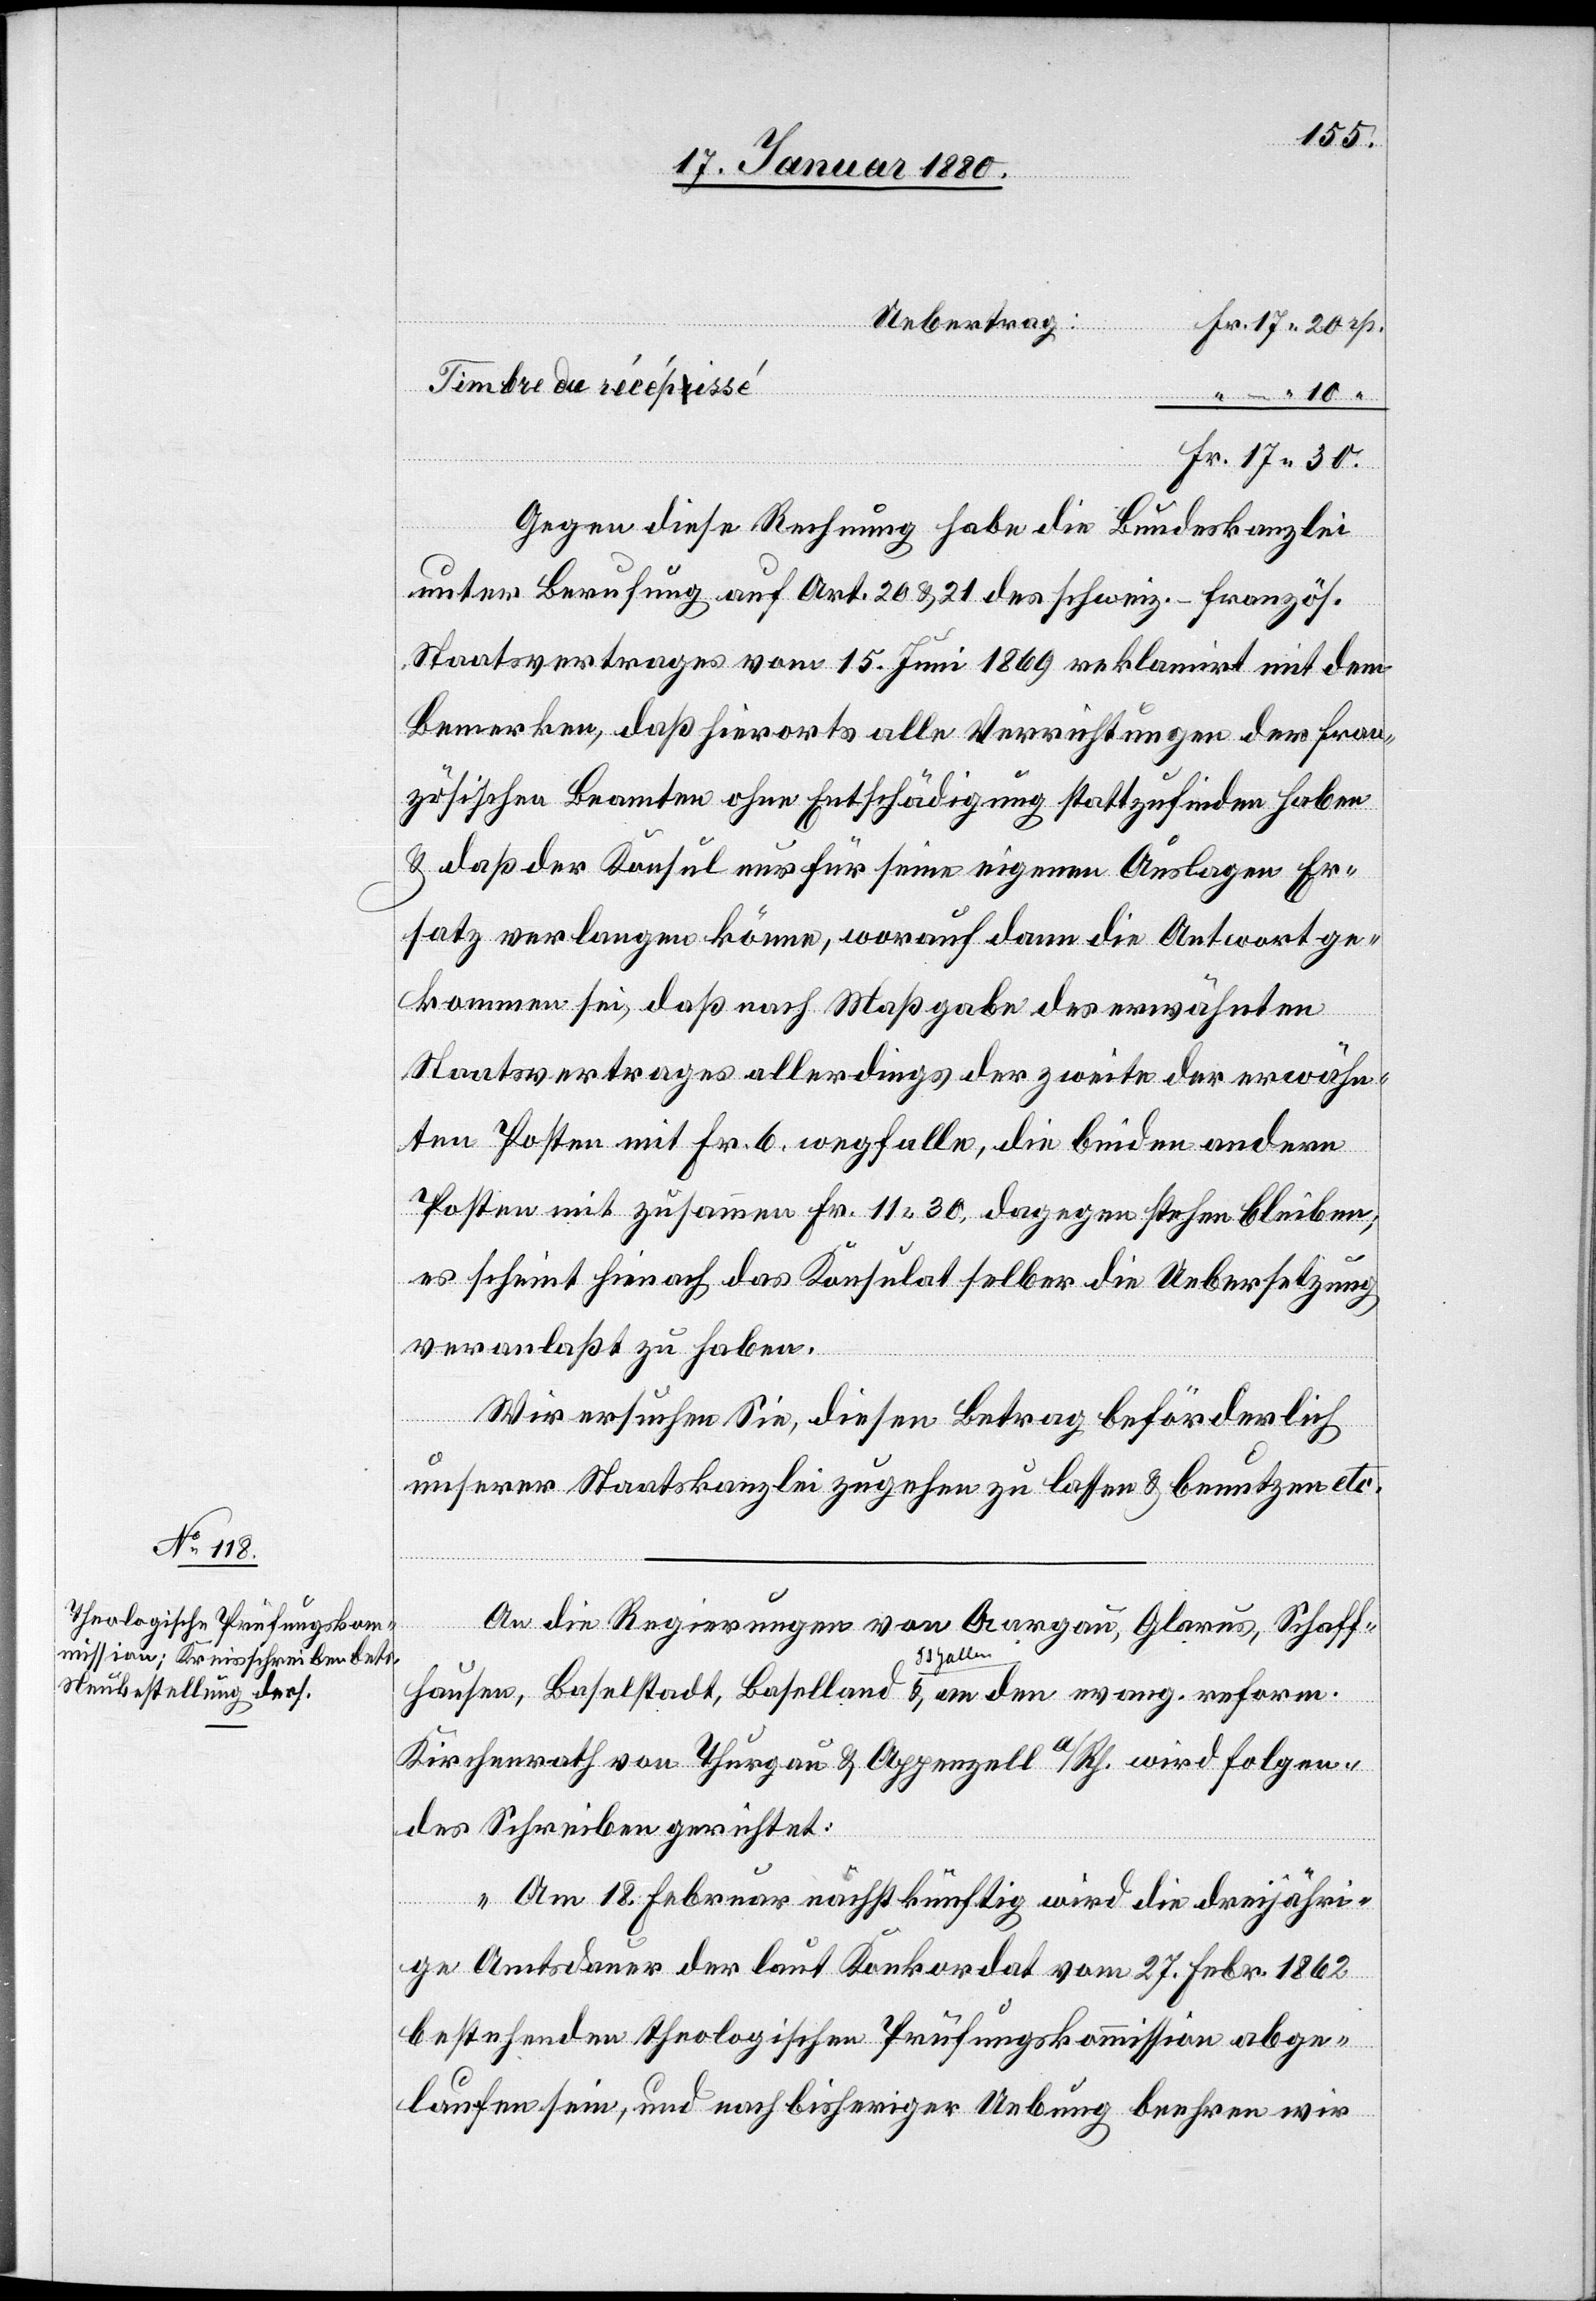
–.

19. Januar 1880.]
Uebertrag:
Gegen diese Rechnung habe die Bundeskanzlei
unter Berufung auf Art. 20 & 21 des schweiz.-französ.
Staatsvertrages vom 15. Juni 1869 reklamirt mit dem
Bemerken, daß hierorts alle Verrichtungen der fran¬
zösischen Beamten ohne Entschädigung stattzufinden haben
& daß der Konsul nur für seine eigenen Auslagen Er¬
satz verlangen könne, worauf dann die Antwort ge¬
kommen sei, daß nach Maßgabe des erwähnten
Staatsvertrages allerdings der zweite erwähn¬
te Posten mit Fr. 6 wegfalle, die beiden andern
Posten mit zusammen Fr. 11.30. dagegen stehen bleiben;
es scheint hienach das Konsulat selber die Uebersetzung
veranlaßt zu haben.
Wir ersuchen Sie, diesen Betrag beförderlich
unserer Staatskanzlei zugehen zu lassen & benutzen etc.
An die Regierungen von Aargau, Glarus, Schaff¬
hausen, Baselstadt, Baselland, -aSt. Gallen-a & an den evang. reform.
Kirchenrath von Thurgau & Appenzell a/Rh. wird folgen¬
des Schreiben gerichtet:
„Am 18. Februar nachtkünftig wird die dreijähri¬
ge Amtsdauer der laut Konkordat vom 27. Febr. 1862
bestehenden theologischen Prüfungskommission abge¬
laufen sein, und nach bisheriger Uebung beehren wir